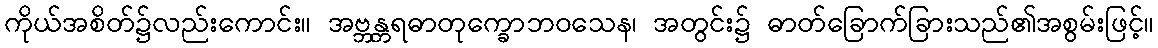
ကိုယ်အစိတ်၌လည်းကောင်း။ အဗ္ဘန္တရဓာတုက္ခောဘဝသေန၊ အတွင်း၌ ဓာတ်ခြောက်ခြားသည်၏အစွမ်းဖြင့်။